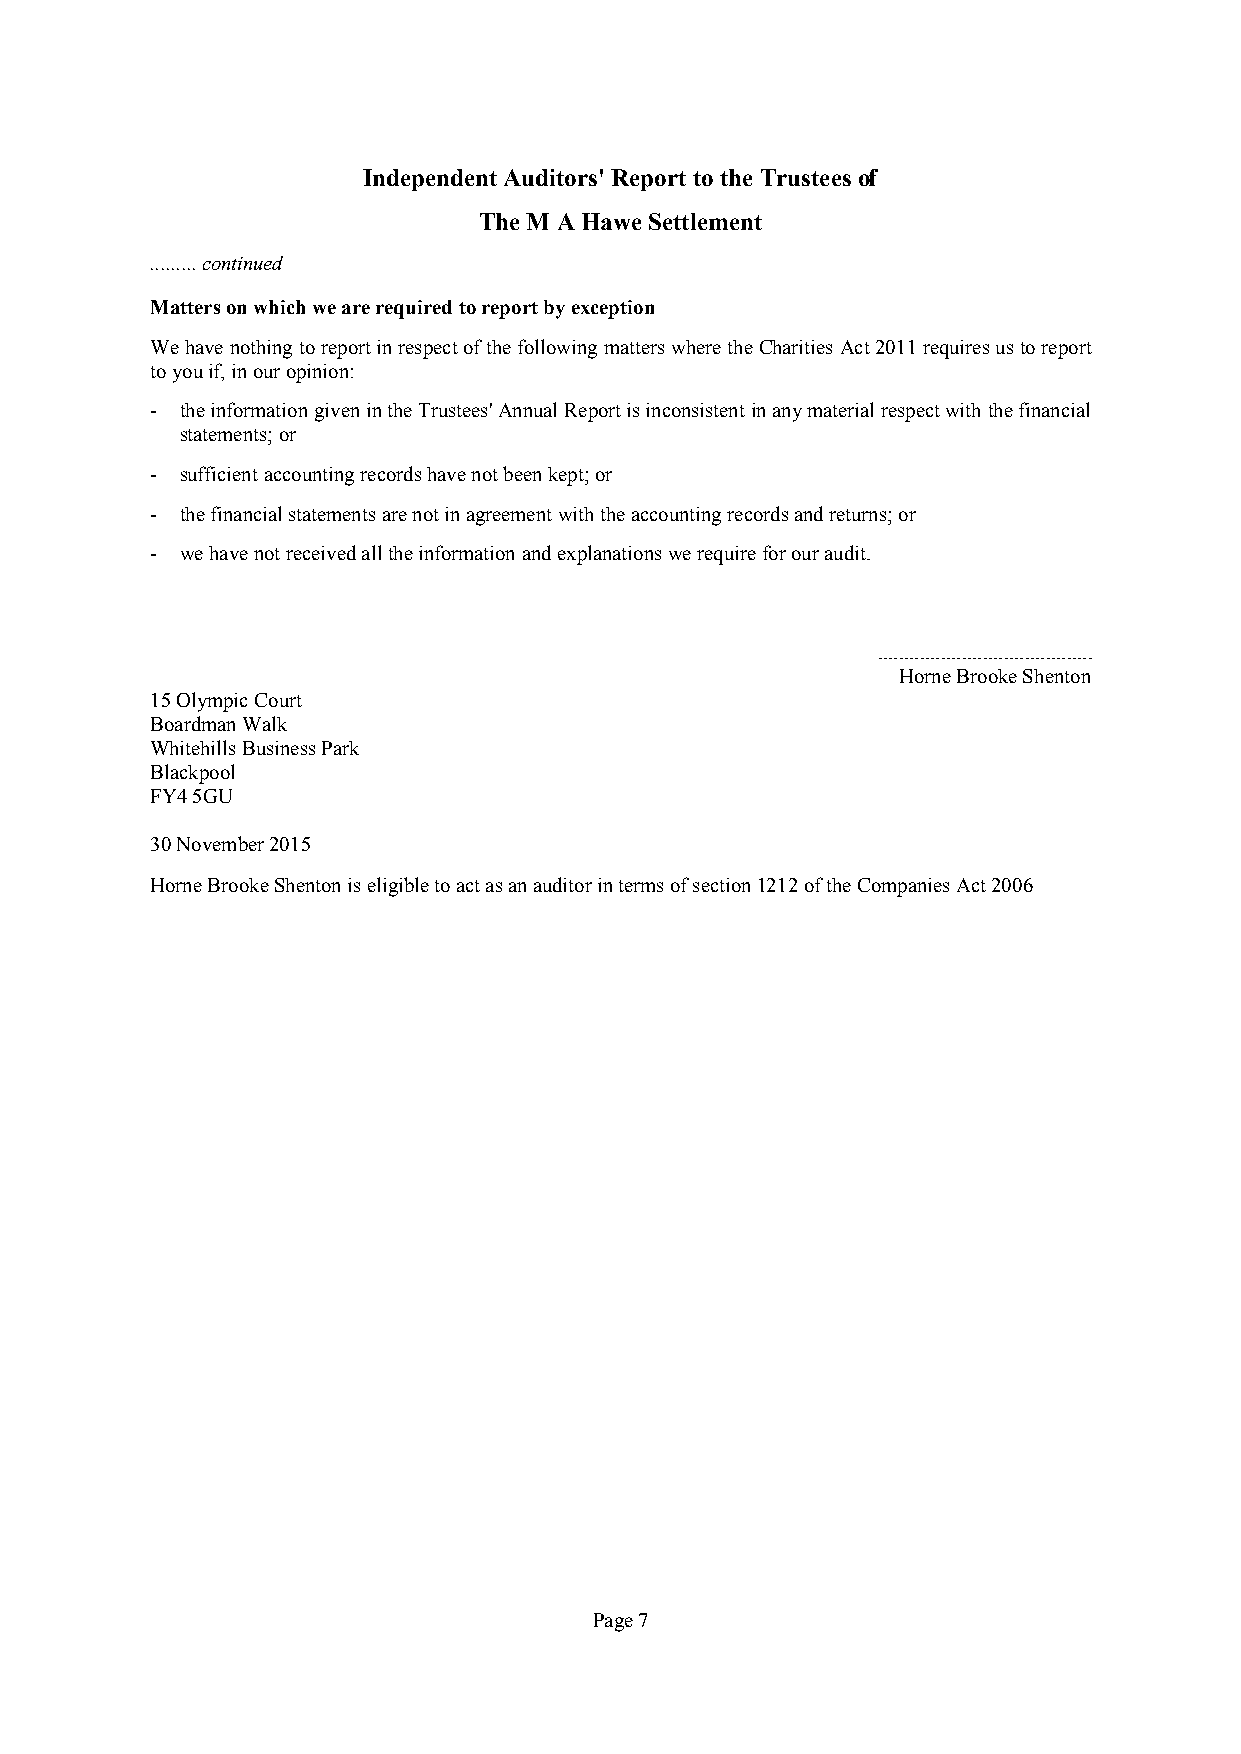
Independent Auditors' Report to the Trustees of
 The M A Hawe Settlement
 .........continued
 Matters on which we are required to report by exception
 Wehavenothingtoreportinrespectofthefollowing matterswhere theCharitiesAct2011requiresustoreport
 toyou if,inouropinion:
 - theinformationgivenintheTrustees'AnnualReportisinconsistentinanymaterialrespectwiththefinancial
 statements;or
 - sufficientaccountingrecordshavenotbeenkept;or
 - thefinancialstatementsarenotinagreementwiththeaccountingrecordsandreturns;or
 - wehavenotreceivedalltheinformationandexplanationswerequireforouraudit.
 .........................................
 Horne Brooke Shenton
 15Olympic Court
 BoardmanWalk
 WhitehillsBusinessPark
 Blackpool
 FY45GU
 30November 2015
 HorneBrookeShentoniseligibletoactasanauditorintermsofsection1212oftheCompaniesAct2006
 Page7